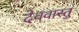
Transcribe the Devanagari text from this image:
देववास्तु